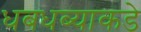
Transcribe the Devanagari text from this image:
धबधब्याकडे